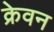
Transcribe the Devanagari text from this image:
क्रेवन